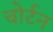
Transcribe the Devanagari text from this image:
चोर्टन